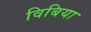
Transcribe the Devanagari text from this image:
विबिया